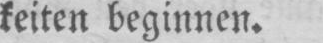
keiten beginnen.